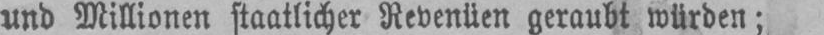
und Millionen staatlicher Revenüen geraubt würden;